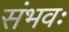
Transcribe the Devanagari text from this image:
संभवः